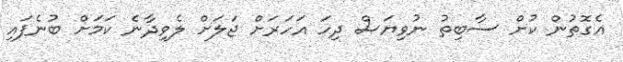
އެގޮތުން ކުށް ސާބިތު ނުވިޔަސް ދިހަ އަހަރަށް ޖަލަށް ލެވިދާނެ ކަމަށް ބުނެފައި